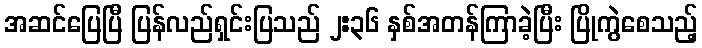
အဆင်ပြေပြီ ပြန်လည်ရှင်းပြသည် ၂:၃၆ နှစ်အတန်ကြာခဲ့ပြီး ပြိုကွဲစေသည့်